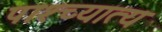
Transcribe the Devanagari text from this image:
पाश्च्यात्य